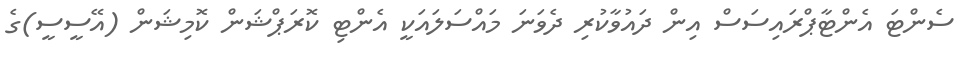
ސެންޓަ އެންޓާޕްރައިސަސް އިން ދައުވާކުރި ދެވަނަ މައްސަލައަކީ އެންޓި ކޮރަޕްޝަން ކޮމިޝަން (އޭސީސީ)ގެ